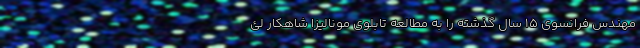
مهندس فرانسوی ۱۵ سال گذشته را به مطالعه تابلوی مونالیزا شاهکار لئ